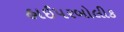
હાઈપરબોલીક